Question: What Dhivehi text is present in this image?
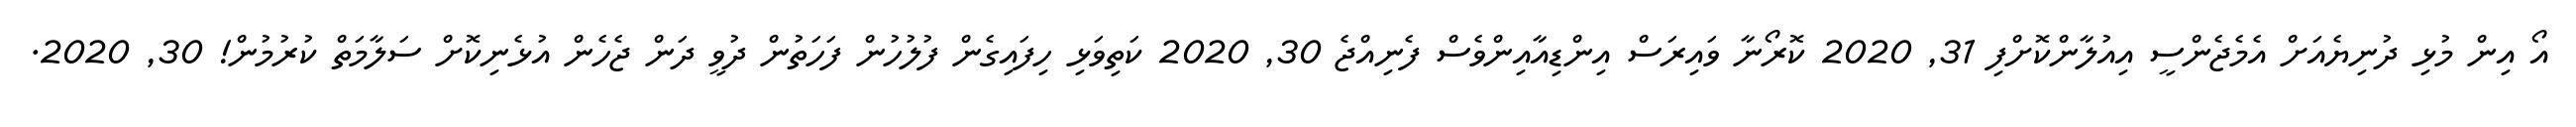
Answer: އޯ އިން މުޅި ދުނިޔެއަށް އެމެޖެންސީ އިއުލާންކޮށްފި 31, 2020 ކޮރޯނާ ވައިރަސް އިންޑިއާއިންވެސް ފެނިއްޖެ 30, 2020 ކަތިވަޅި ހިފައިގެން ފުލުހުން ފަހަތުން ދުވީ ދަން ޖެހެން އުޅެނިކޮށް ސަލާމަތް ކުރުމުން! 30, 2020.